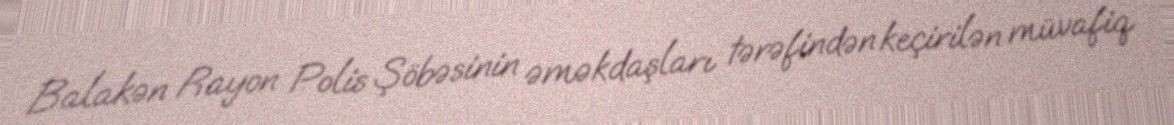
Balakən Rayon Polis Şöbəsinin əməkdaşları tərəfindən keçirilən müvafiq